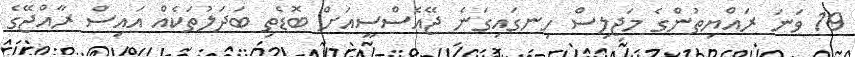
19 ވަނަ ރައްޔިތުންގެ މަޖިލިސް ހިނގައިގަނެ ޖޭއެސްސީއަށް ބޮޑެތި ބަދަލުތަކެއް އައިސް ރާއްޖޭގެ